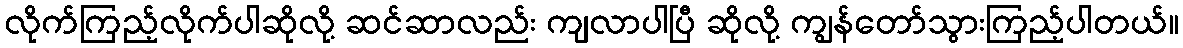
လိုက်ကြည့်လိုက်ပါဆိုလို့ ဆင်ဆာလည်း ကျလာပါပြီ ဆိုလို့ ကျွန်တော်သွားကြည့်ပါတယ်။